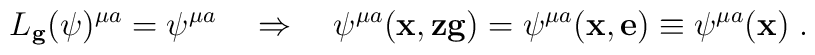
L_\mathbf{g} (\psi)^{\mu a}=\psi^{\mu a} \ \ \ \Rightarrow \ \ \      \psi ^{\mu a} (\mathbf{x}, \mathbf{z}\mathbf{g})=      \psi^{\mu a} (\mathbf{x}, \mathbf{e})\equiv \psi^{\mu a } (\mathbf{x}) \;.